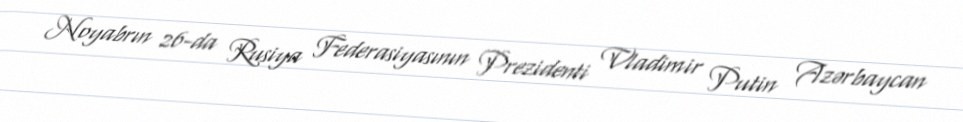
Noyabrın 26-da Rusiya Federasiyasının Prezidenti Vladimir Putin Azərbaycan